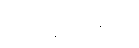
ပြည်နယ်ကိုးခု